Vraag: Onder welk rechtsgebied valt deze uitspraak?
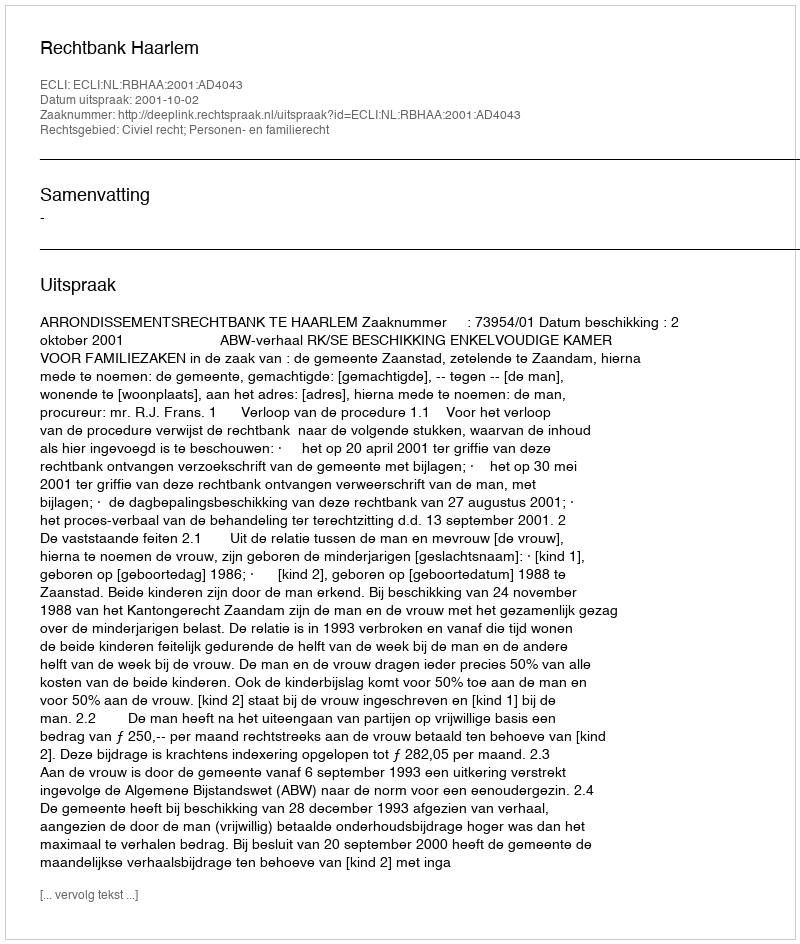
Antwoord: Civiel recht; Personen- en familierecht